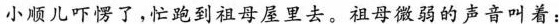
小顺儿吓愣了，忙跑到祖母屋里去。祖母微弱的声音叫着：